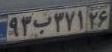
۹۳ب۳۷۱۲۶